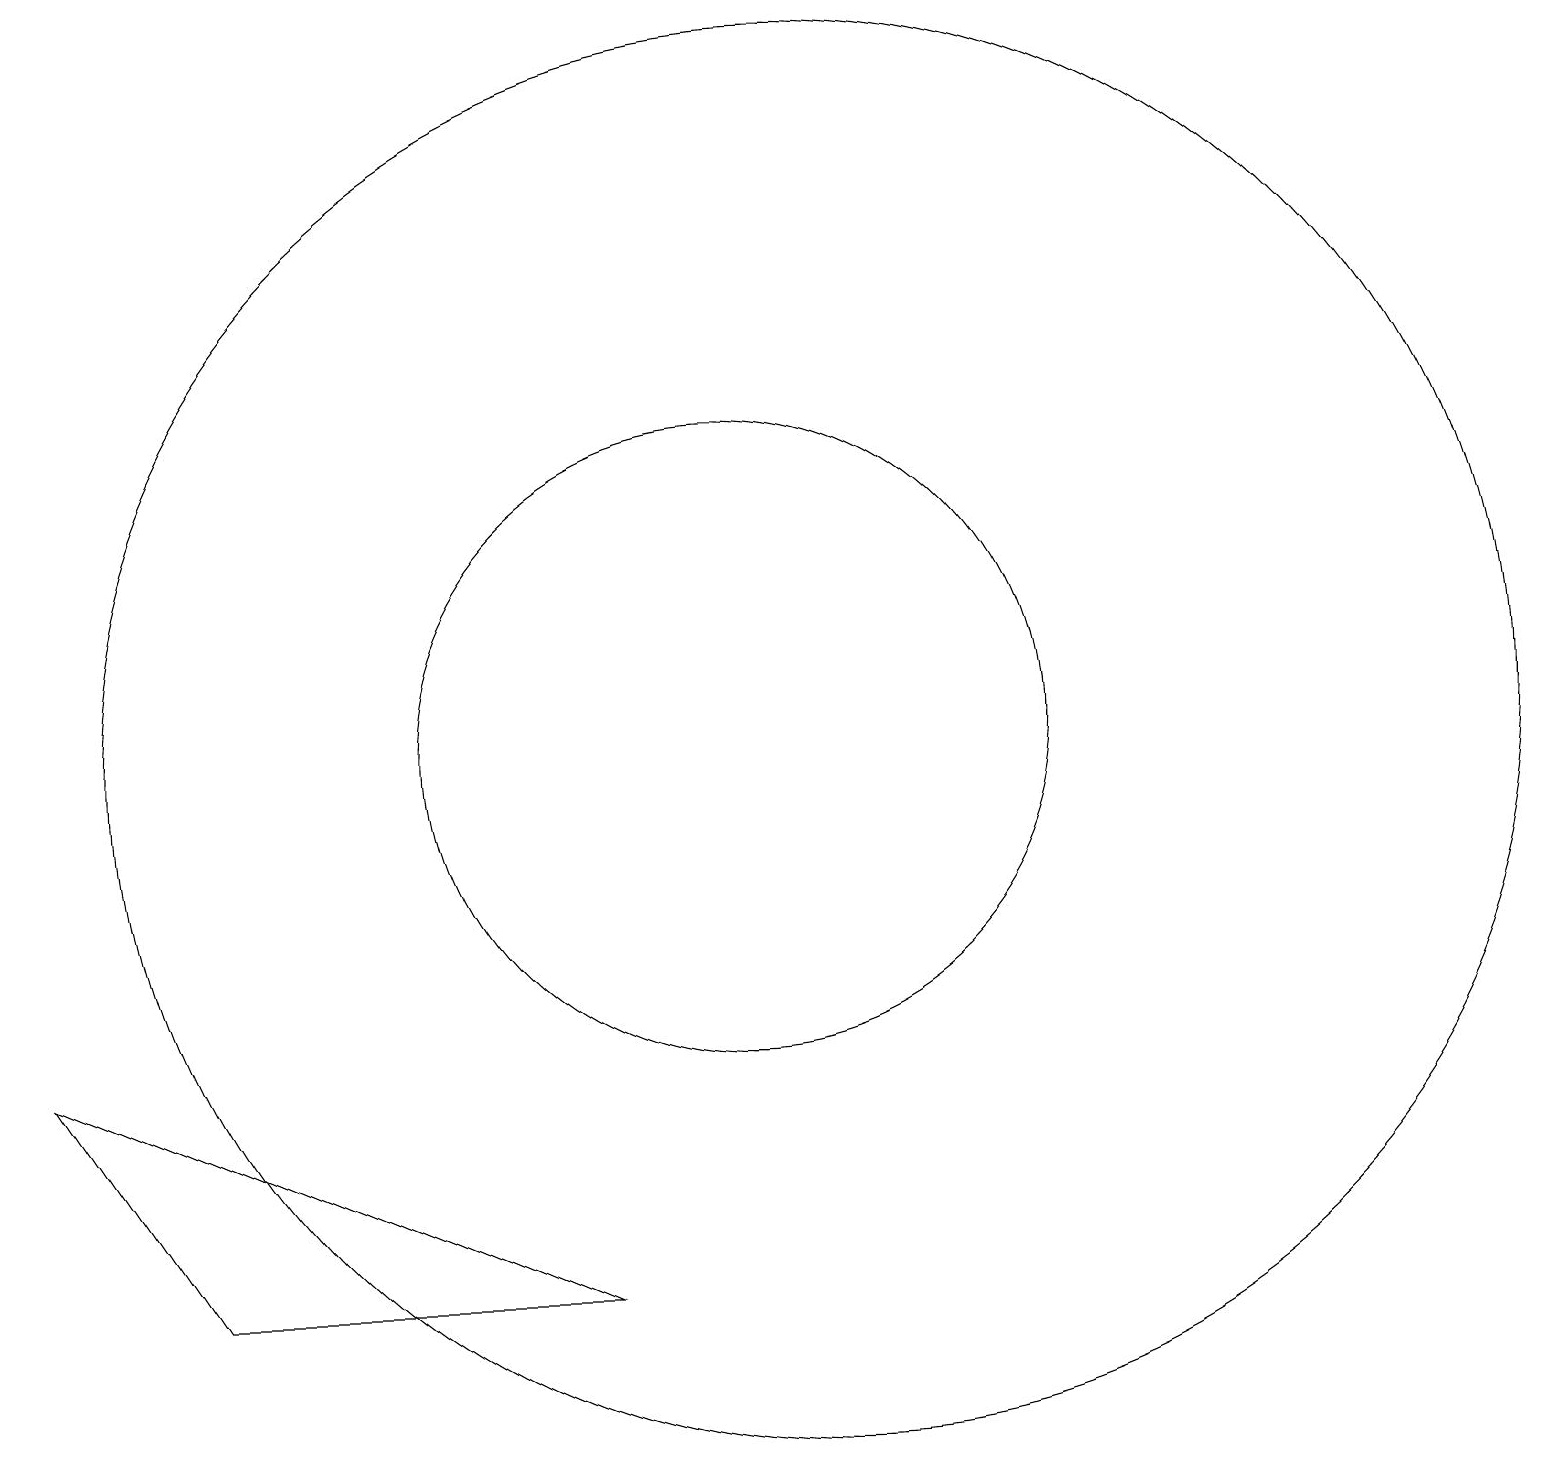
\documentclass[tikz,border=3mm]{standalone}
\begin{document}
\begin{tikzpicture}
\draw (11,10) circle (9);
\draw (3,3) -- (8,3) -- (1,6) -- cycle;
\draw (10,10) circle (4);
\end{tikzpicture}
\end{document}